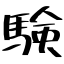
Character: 験